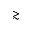
\gtrsim